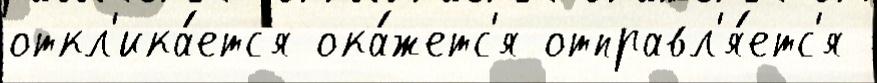
откл'ика́етс'я ока́жетс'я отправл'я́етс'я